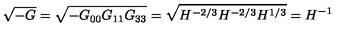
\sqrt { - G } = \sqrt { - G _ { 0 0 } G _ { 1 1 } G _ { 3 3 } } = \sqrt { H ^ { - 2 / 3 } H ^ { - 2 / 3 } H ^ { 1 / 3 } } = H ^ { - 1 }